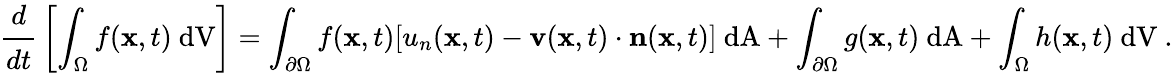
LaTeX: {\cfrac{d}{dt}}\left[\int_{\Omega}f(\mathbf{x},t)~{\mathrm{dV}}\right]=\int_{\partial\Omega}f(\mathbf{x},t)[u_{n}(\mathbf{x},t)-\mathbf{v}(\mathbf{x},t)\cdot\mathbf{n}(\mathbf{x},t)]~{\mathrm{dA}}+\int_{\partial\Omega}g(\mathbf{x},t)~{\mathrm{dA}}+\int_{\Omega}h(\mathbf{x},t)~{\mathrm{dV}}~.